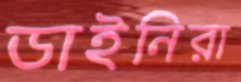
ডাইনিরা